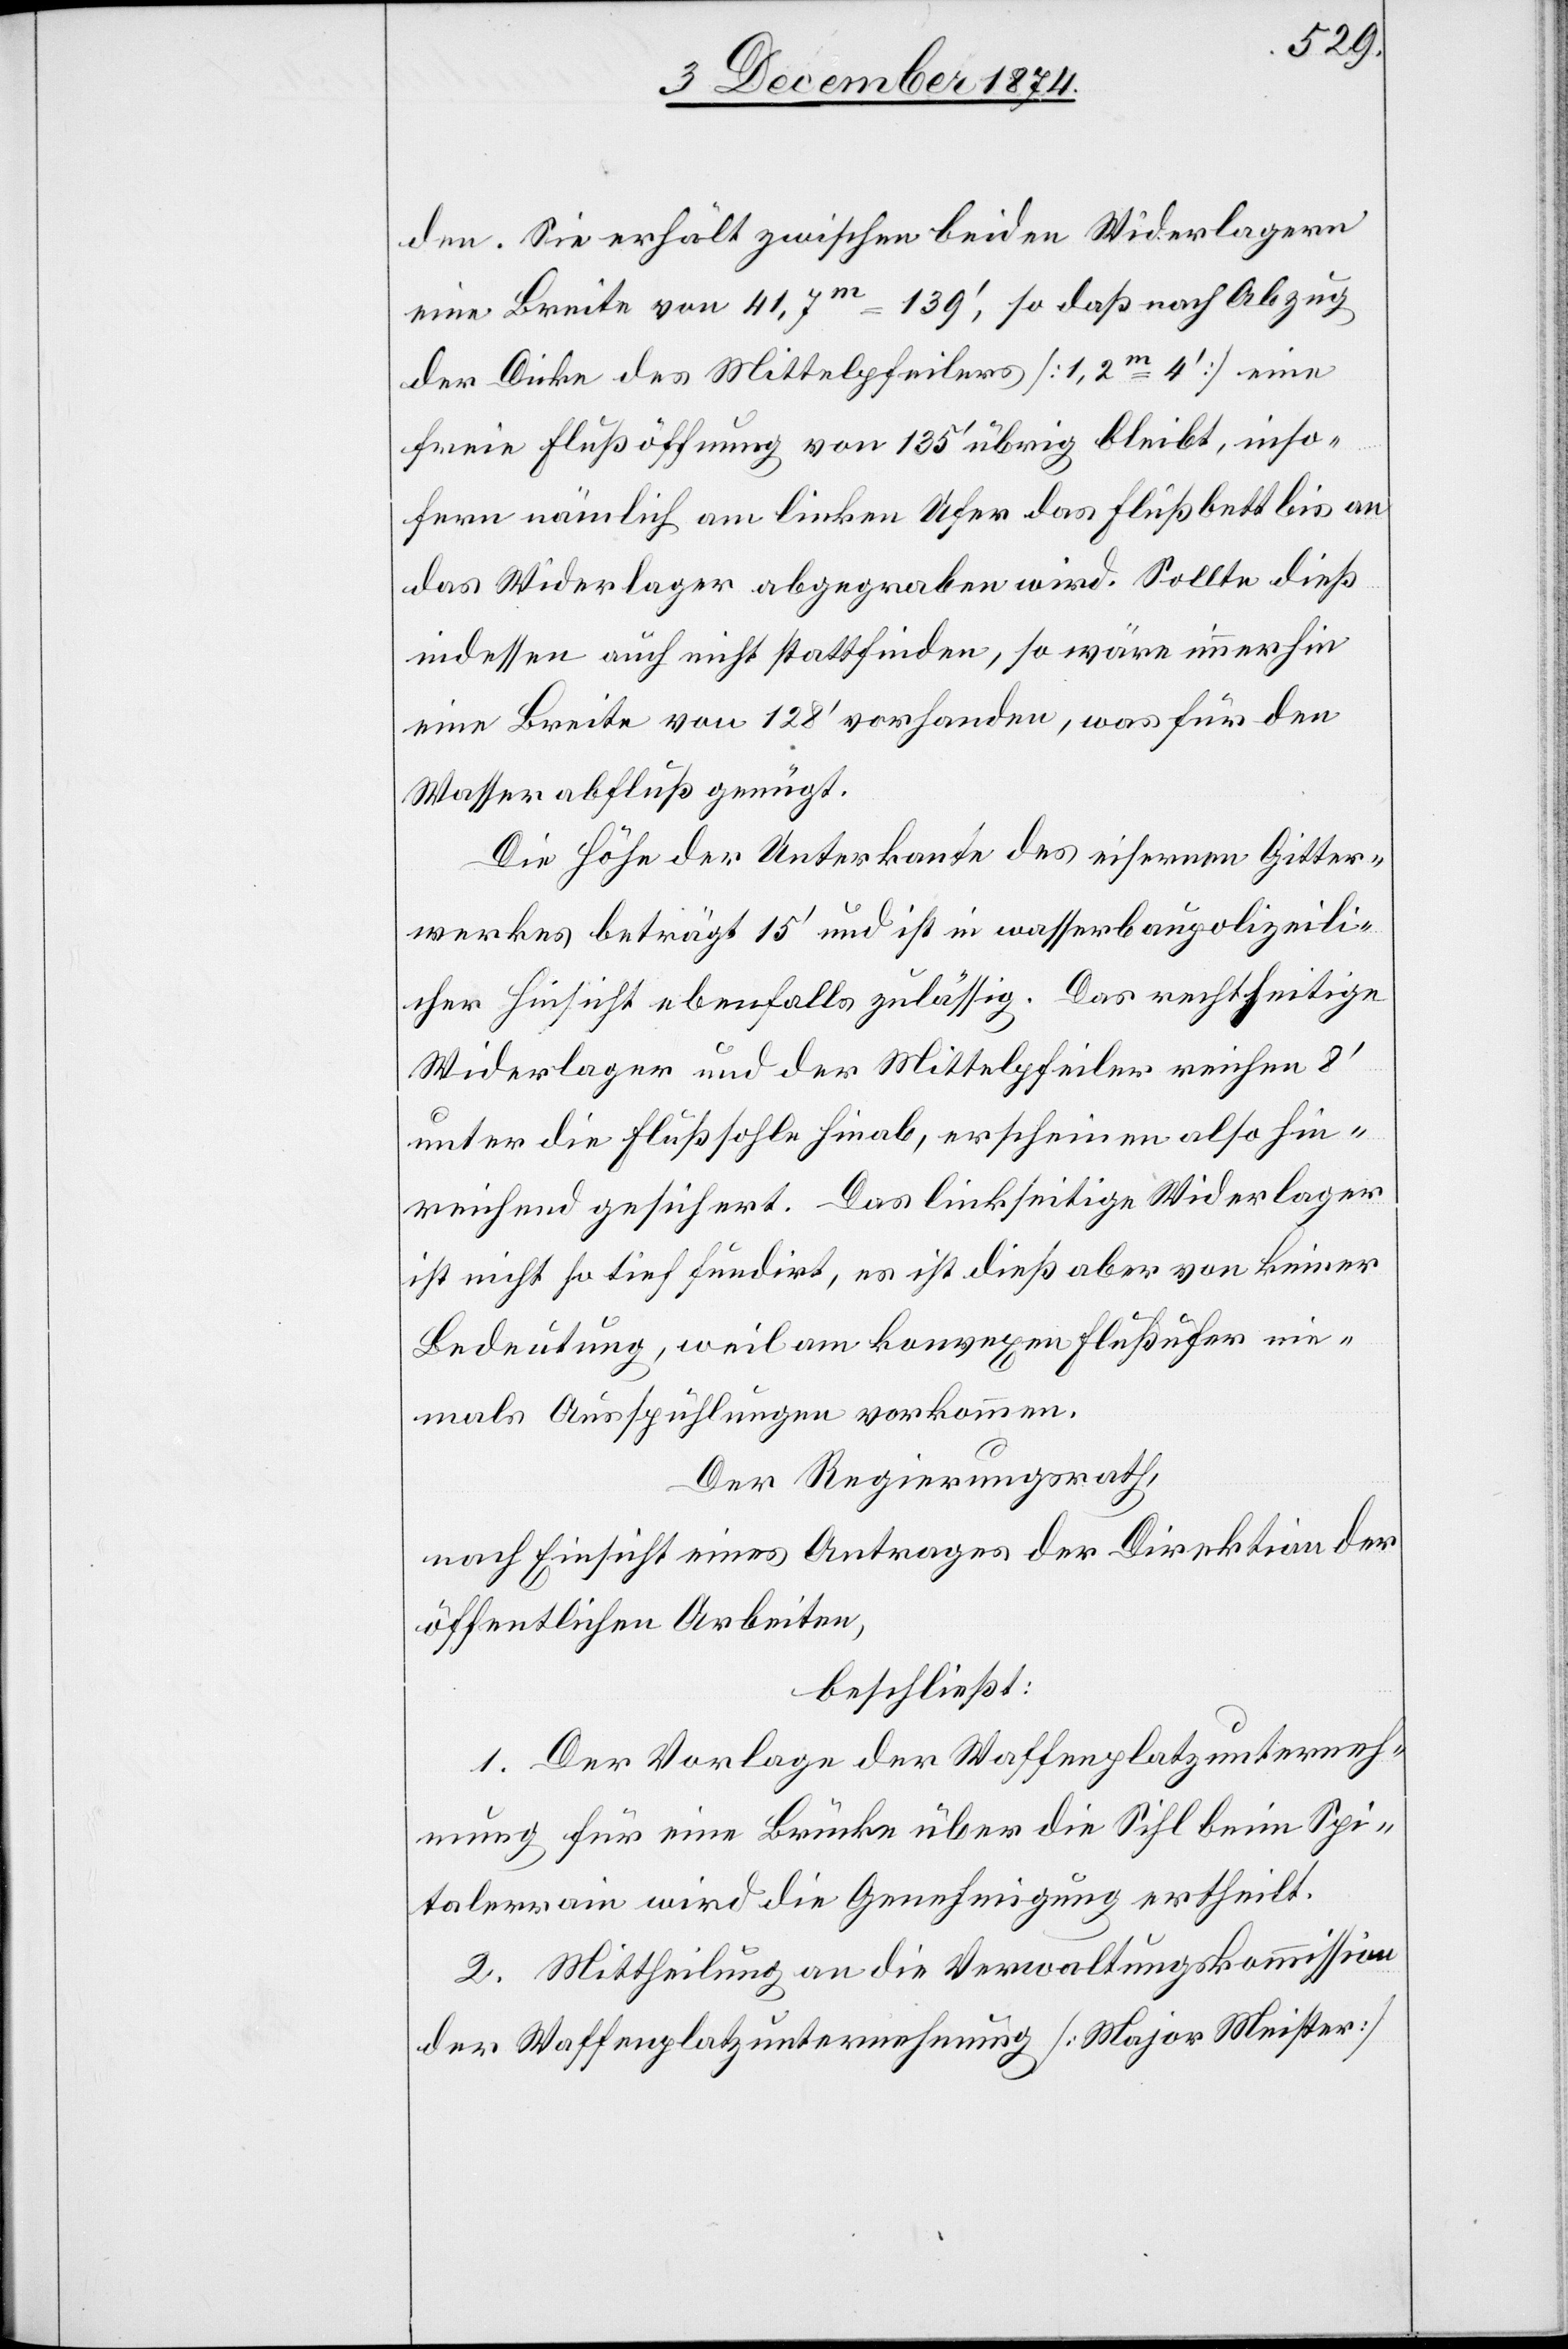
den. Sie erhält zwischen beiden Widerlagern
freie Flußöffnung von 135‘ übrig bleibt, inso¬
fern nämlich am linken Ufer das Flußbett bis an
das Widerlager abgegraben wird. Sollte dieß
indessen auch nicht stattfinden, so wäre immerhin
eine Breite von 128‘ vorhanden, was für den
Wasserabfluß genügt.
Die Höhe der Unterkante des eisernen Gitter¬
werkes beträgt 15‘ und ist in wasserbaupolizeili¬
cher Hinsicht ebenfalls zulässig. Das rechtseitige
Widerlager und der Mittelpfeiler reichen 8‘
unter die Flußsohle hinab, erscheinen also hin¬
reichend gesichert. Das linkseitige Widerlager
ist nicht so tief fundirt, es ist dieß aber von keiner
Bedeutung, weil am konvexen Flußufer nie¬
mals Ausspühlungen vorkommen.
Der Regierungsrath,
nach Einsicht eines Antrages der Direktion der
öffentlichen Arbeiten,
beschließt:
1. Der Vorlage der Waffenplatzunterneh¬
mung für eine Brücke über die Sihl beim Spi¬
talerrain wird die Genehmigung ertheilt.
2. Mittheilung an die Verwaltungskommission
der Waffenplatzunternehmung [Major Meister]